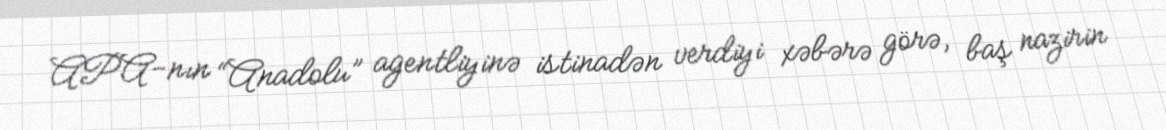
APA-nın “Anadolu” agentliyinə istinadən verdiyi xəbərə görə, baş nazirin